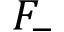
\boldsymbol { F _ { - } }